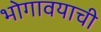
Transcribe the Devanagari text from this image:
भोगावयाची